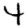
Digit: 4